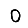
Digit: 0